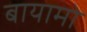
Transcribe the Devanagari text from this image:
बायामो